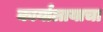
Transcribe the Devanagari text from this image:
कार्यालायाचा